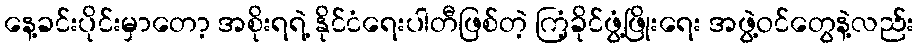
နေ့ခင်းပိုင်းမှာတော့ အစိုးရရဲ့ နိုင်ငံရေးပါတီဖြစ်တဲ့ ကြံ့ခိုင်ဖွံ့ဖြိုးရေး အဖွဲ့ဝင်တွေနဲ့လည်း